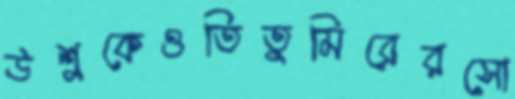
উশুকেওতিতুমিরেরসো